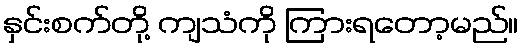
နှင်းစက်တို့ ကျသံကို ကြားရတော့မည်။